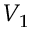
V _ { 1 }